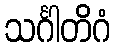
သင်္ဂါတိဂံ